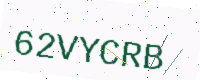
Text: 62VYCRB